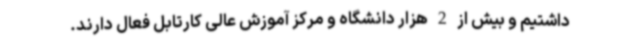
داشتیم و بیش از 2 هزار دانشگاه و مرکز آموزش عالی کارتابل فعال دارند.